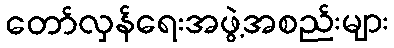
တော်လှန်ရေးအဖွဲ့အစည်းများ